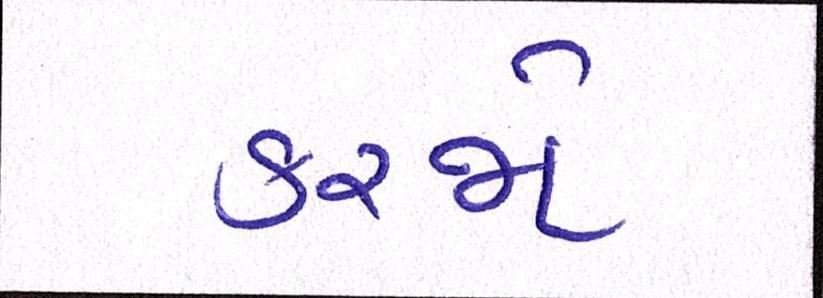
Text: કરજો